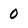
Character: 0